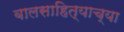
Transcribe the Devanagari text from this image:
बालसाहित्याच्या